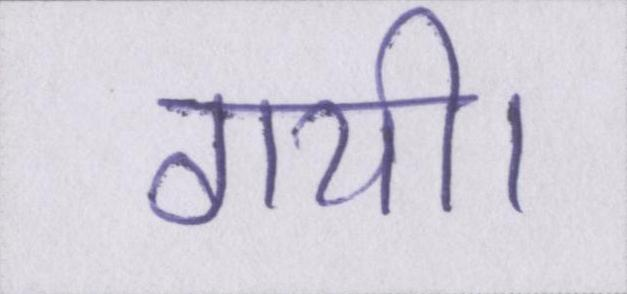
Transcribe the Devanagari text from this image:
गयी।